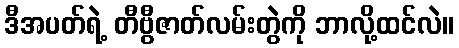
ဒီအပတ်ရဲ့ တီဗွီဇာတ်လမ်းတွဲကို ဘာလို့ထင်လဲ။